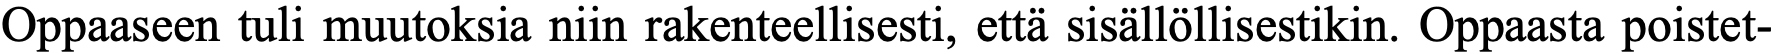
Oppaaseen tuli muutoksia niin rakenteellisesti, että sisällöllisestikin. Oppaasta poistet-